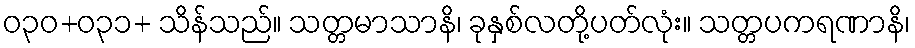
ဝ၃၀+ဝ၃၁+ သိန်သည်။ သတ္တမာသာနိ၊ ခုနှစ်လတို့ပတ်လုံး။ သတ္တပကရဏာနိ၊